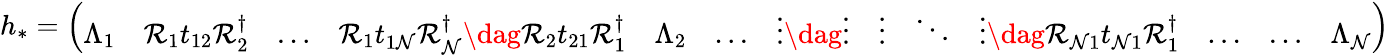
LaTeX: \begin{array}{r}{h_{*}=\left(\begin{array}{lllllllllllll}{\Lambda_{1}}&{\mathcal{R}_{1}t_{12}\mathcal{R}_{2}^{\dagger}}&{\dots}&{\mathcal{R}_{1}t_{1\mathcal{N}}\mathcal{R}_{\mathcal{N}}^{\dagger}\dag\mathcal{R}_{2}t_{21}\mathcal{R}_{1}^{\dagger}}&{\Lambda_{2}}&{\dots}&{\vdots\dag\vdots}&{\vdots}&{\ddots}&{\vdots\dag\mathcal{R}_{\mathcal{N}1}t_{\mathcal{N}1}\mathcal{R}_{1}^{\dagger}}&{\dots}&{\dots}&{\Lambda_{\mathcal{N}}}\end{array}\right)}\end{array}